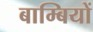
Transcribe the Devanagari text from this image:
बाम्बियों